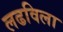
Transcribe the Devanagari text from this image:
लढविला